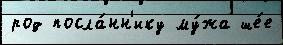
род посла́нн'ику му́жа ше́е